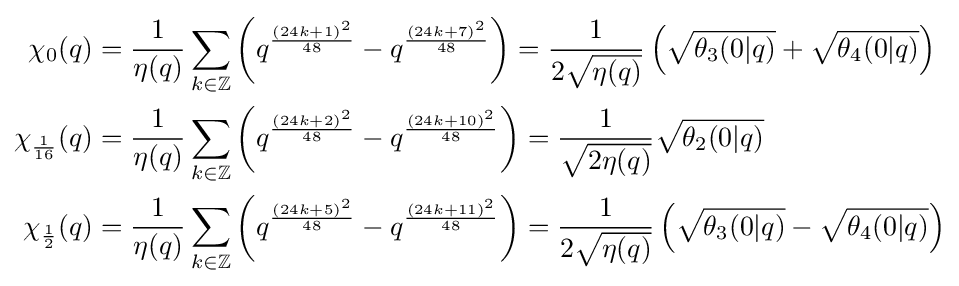
{\begin{aligned}\chi _{0}(q)&={\frac {1}{\eta (q)}}\sum _{k\in \mathbb {Z} }\left(q^{\frac {(24k+1)^{2}}{48}}-q^{\frac {(24k+7)^{2}}{48}}\right)={\frac {1}{2{\sqrt {\eta (q)}}}}\left({\sqrt {\theta _{3}(0|q)}}+{\sqrt {\theta _{4}(0|q)}}\right)\\\chi _{\frac {1}{16}}(q)&={\frac {1}{\eta (q)}}\sum _{k\in \mathbb {Z} }\left(q^{\frac {(24k+2)^{2}}{48}}-q^{\frac {(24k+10)^{2}}{48}}\right)={\frac {1}{\sqrt {2\eta (q)}}}{\sqrt {\theta _{2}(0|q)}}\\\chi _{\frac {1}{2}}(q)&={\frac {1}{\eta (q)}}\sum _{k\in \mathbb {Z} }\left(q^{\frac {(24k+5)^{2}}{48}}-q^{\frac {(24k+11)^{2}}{48}}\right)={\frac {1}{2{\sqrt {\eta (q)}}}}\left({\sqrt {\theta _{3}(0|q)}}-{\sqrt {\theta _{4}(0|q)}}\right)\end{aligned}}